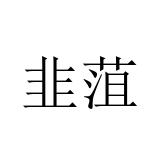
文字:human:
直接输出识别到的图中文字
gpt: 韭菹